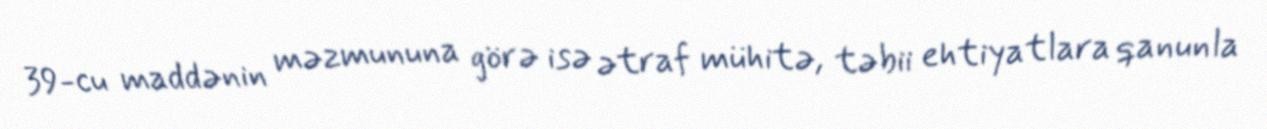
39-cu maddənin məzmununa görə isə ətraf mühitə, təbii ehtiyatlara qanunla